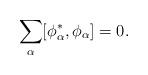
LaTeX: \begin{align*}\sum_{\alpha}[\phi_\alpha^*,\phi_\alpha]=0.\end{align*}